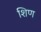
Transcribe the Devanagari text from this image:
शिण